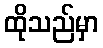
ထိုသည်မှာ